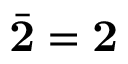
{ \bar { \mathbf { 2 } } } = { \mathbf { 2 } }